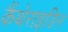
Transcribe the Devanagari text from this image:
कैंथेराइडिन